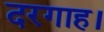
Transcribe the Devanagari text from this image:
दरगाह।